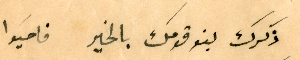
ذكرك بنو قومك بالخير فاحيَوا